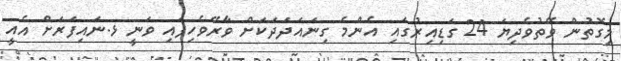
މިގޮތުން ވޭތުވެދިޔަ 24 ގަޑިއިރުގައި އެންމެ ގިނައަދަދަކަށް ވާރޭވެހިފައި ވަނީ ޅ.ނައިފަރަށް އެއީ